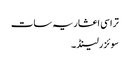
تراسی اعشاریہ سات
سوئزرلینڈ ۔